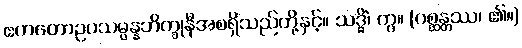
ဧကတောဥပသမ္ပန္နဘိက္ခုနီအစရှိသည်တို့နှင့်။ သဒ္ဓိံ၊ ကွ။ (ဂစ္ဆန္တဿ၊ ၏။)